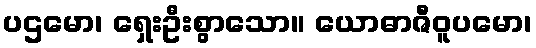
ပဌမော၊ ရှေးဦးစွာသော။ ယောဓာဇီဝူပမော၊